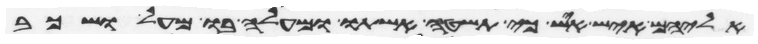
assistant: אליהם איש איש כי תשטה אשתו ומעלה בו מעל ושכב